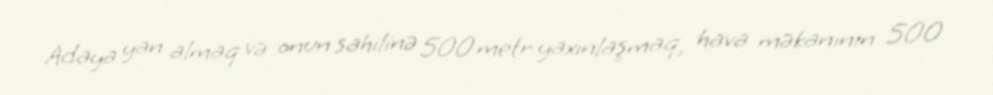
Adaya yan almaq və onun sahilinə 500 metr yaxınlaşmaq, hava məkanının 500